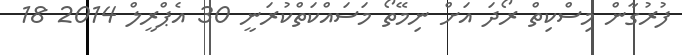
ފުރުގާން މިސްކިތް ރޯދަ އަށް ނިމޭތޯ މަސައްކަތްކުރަނީ 30 އެޕްރީލް 2014 18